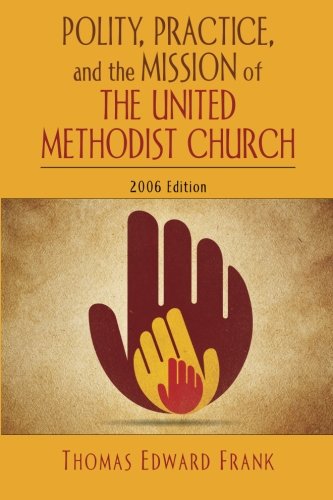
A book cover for Polity, Practice, and the Mission of The United Methodist Church: 2006 Edition; Thomas E. Frank; Christian Books & Bibles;